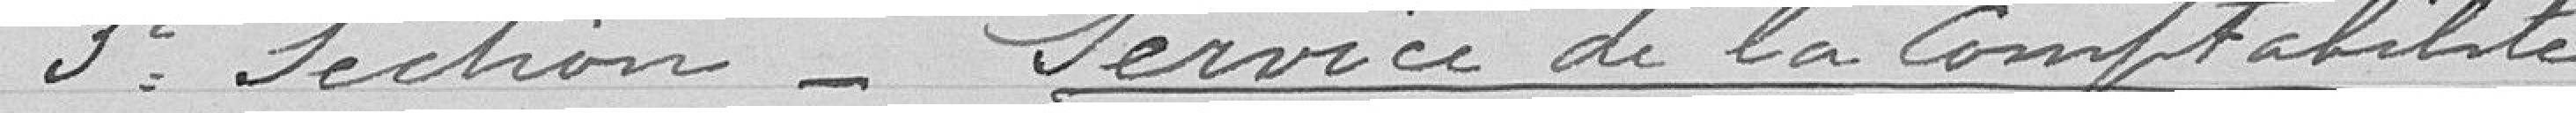
3° section - Service de la comptabilité